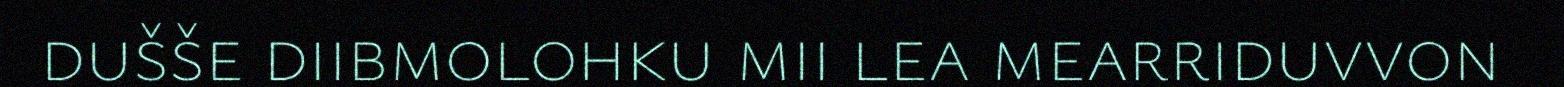
dušše diibmolohku mii lea mearriduvvon